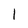
Character: 1